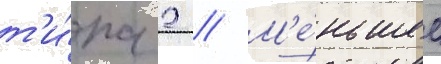
т'и́па 2 // М'е́ньшее